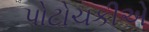
પોટોચકીએ